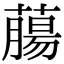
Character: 𦼳